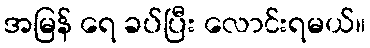
အမြန် ရေ ခပ်ပြီး လောင်းရမယ်။